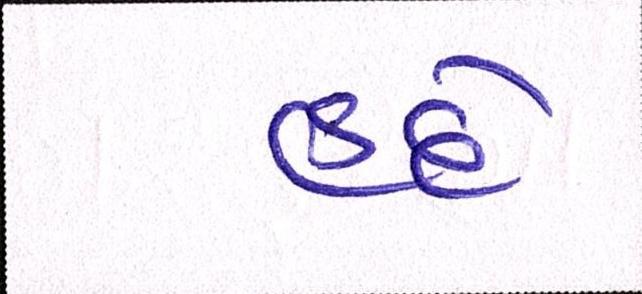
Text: હદે